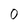
Character: 0